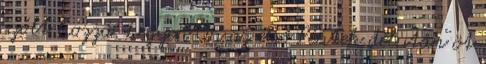
szólt hozzá. Legyen Ön az első Péntek délután öt